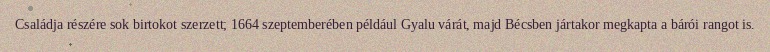
Családja részére sok birtokot szerzett; 1664 szeptemberében például Gyalu várát, majd Bécsben jártakor megkapta a bárói rangot is.